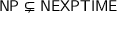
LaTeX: \mathsf { N P \subsetneq N E X P T I M E }